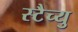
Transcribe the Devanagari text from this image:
स्टैच्यु